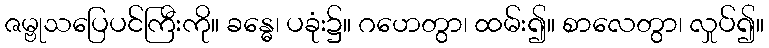
ဇမ္ဗုသပြေပင်ကြီးကို။ ခန္ဓေ၊ ပခုံး၌။ ဂဟေတွာ၊ ထမ်း၍။ စာလေတွာ၊ လှုပ်၍။